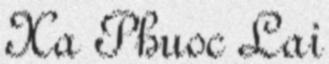
Xa Phuoc Lai